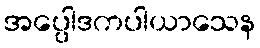
အပ္ပေါဒကပါယာသေန